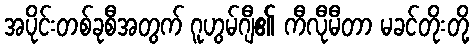
အပိုင်းတစ်ခုစီအတွက် ဂူဟွမ်ဂျီ၏ ကီလီုမီတာ မခင်တိုးတို့